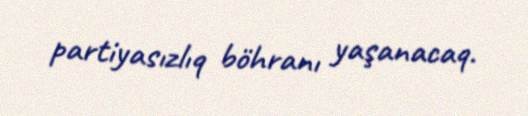
partiyasızlıq böhranı yaşanacaq.